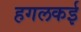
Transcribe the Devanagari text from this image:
हगलकई